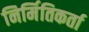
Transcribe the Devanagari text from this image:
निर्मितिकर्ता